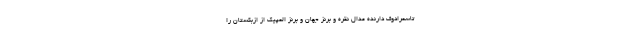
تاسمرادوف دارنده مدال نقره و برنز جهان و برنز المپیک از ازبکستان را